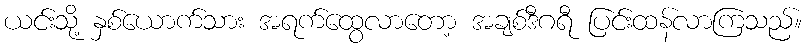
ယင်းသို့ နှစ်ယောက်သား အရက်ထွေလာတော့ အချစ်ဒီဂရီ ပြင်းထန်လာကြသည်။